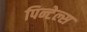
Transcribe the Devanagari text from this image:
पिन्टेल्स